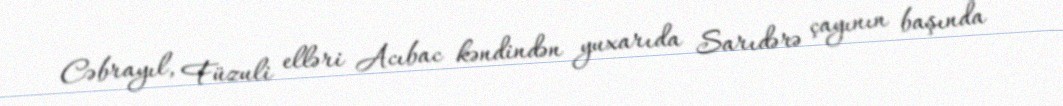
Cəbrayıl, Füzuli elləri Acıbac kəndindən yuxarıda Sarıdərə çayının başında